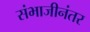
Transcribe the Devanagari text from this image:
संभाजीनंतर